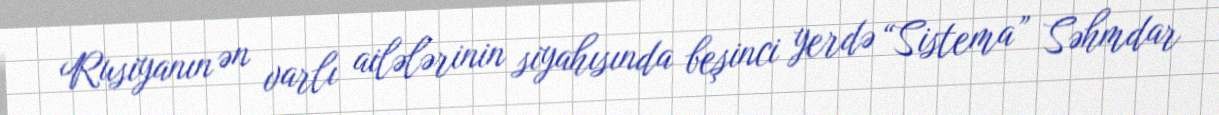
Rusiyanın ən varlı ailələrinin siyahısında beşinci yerdə “Sistema” Səhmdar